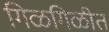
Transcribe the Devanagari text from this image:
गिळगिळीत